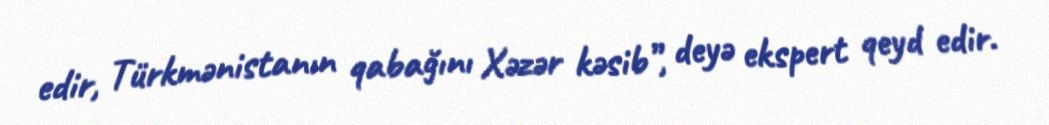
edir, Türkmənistanın qabağını Xəzər kəsib”, deyə ekspert qeyd edir.